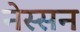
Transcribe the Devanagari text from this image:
नेस्‍सन